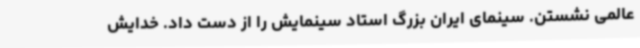
عالمی نشستن. سینمای ایران بزرگ استاد سینمایش را از دست داد. خدایش